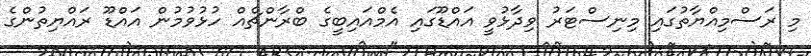
މި ރަސްމިއްޔާތުގައި މިނިސްޓަރު ވިދާޅުވީ އައްޑޫގައި އެމްއައިބީގެ ބްރާންޗެއް ހުޅުވުމުން އައްޑޫ ރައްޔިތުންގެ